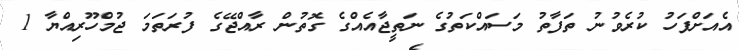
އެއަށްފަހު ކުރެވުނު ތަފާތު މަސައްކަތުގެ ނަތީޖާއެއްގެ ގޮތުން ރާއްޖޭގެ ފުރަތަމަ ޖުމްހޫރިއްޔާ 1